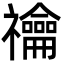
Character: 禴